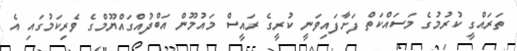
ތަރައްގީ ކުރުމުގެ މަސައްކަތް ފަށާފައިވަނީ ކުރީގެ ރައީސް މައުމޫން އަބްދުއްގައްޔޫމްގެ ވެރިކަމުގައި އެ